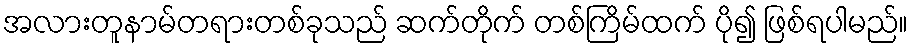
အလားတူနာမ်တရားတစ်ခုသည် ဆက်တိုက် တစ်ကြိမ်ထက် ပို၍ ဖြစ်ရပါမည်။